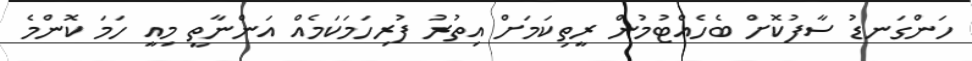
ހަންގަނޑު ސާފުކޮށް ބެހެއްޓުމުން ރީތިކަމަށް އިތުރު ފުރިހަމަކަމެއް އަންނާތީ މިއީ ހަމަ ކޮންމެ